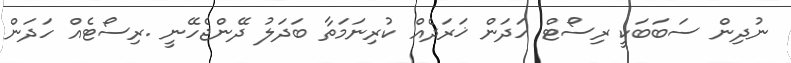
ނުދިން ސަބަބަކީ ރިސޯޓް ހަދަން ޚަރަދެއް ކުރިނަމަތާ ބަދަލު ދޭންޖެހޭނީ .ރިސޯޓެއް ހަދަން